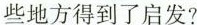
些地方得到了启发?